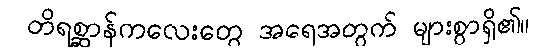
တိရစ္ဆာန်ကလေးတွေ အရေအတွက် များစွာရှိ၏။